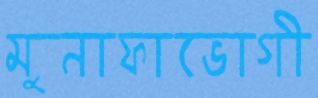
মুনাফাভোগী